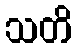
သတိ